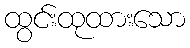
ထွင်းထုထားသော